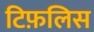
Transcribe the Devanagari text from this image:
टिफ़लिस